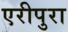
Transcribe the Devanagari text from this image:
एरीपुरा